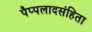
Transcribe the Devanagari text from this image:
पैप्पलादसंहिता